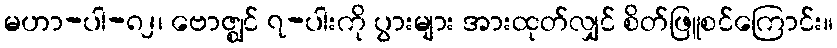
မဟာ-ပါ-၈၂၊ ဗောဇ္ဈင် ၇-ပါးကို ပွားများ အားထုတ်လျှင် စိတ်ဖြူစင်ကြောင်း။